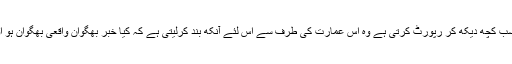
اور وہ پولیس جو دن رات سب کچھ دیکھ کر رپورٹ کرتی ہے وہ اس عمارت کی طرف سے اس لئے آنکھ بند کرلیتی ہے کہ کیا خبر بھگوان واقعی بھگوان ہو اور اسے نقصان پہونچادے۔